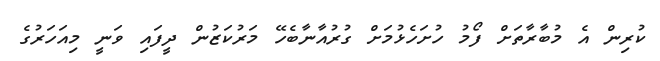
ކުރިން އެ މުބާރާތަށް ފޯމު ހުށަހެޅުމަށް ގުރުއާނާބެހޭ މަރުކަޒުން ދީފައި ވަނީ މިއަހަރުގެ